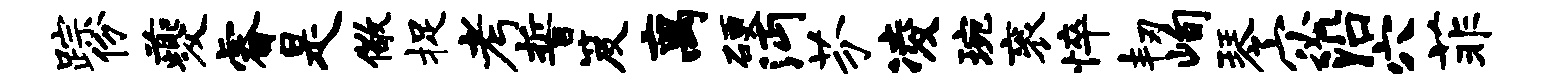
踪份夔睿是儆捉考誓笈离硬沔芬凌琬衮悴韧峋琴宓沿穴菲